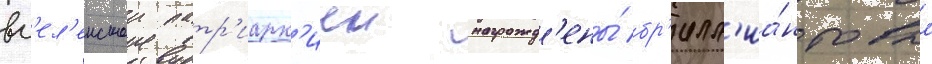
вс'ел'енскои патр'иарх'иеи награжд'ены́ бр'илл'иа́нтовым